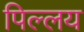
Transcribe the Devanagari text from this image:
पिल्लय